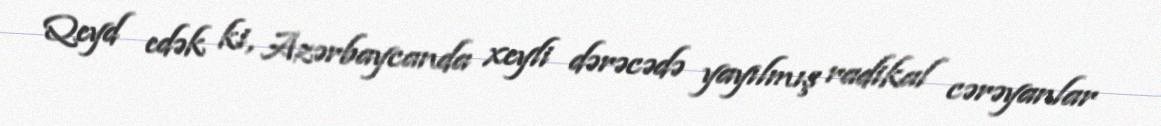
Qeyd edək ki, Azərbaycanda xeyli dərəcədə yayılmış radikal cərəyanlar